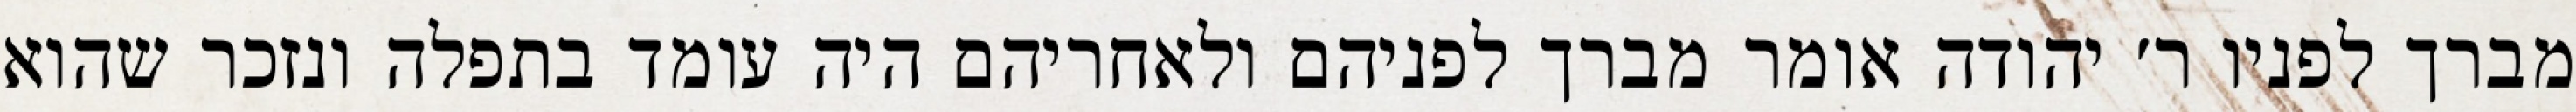
מברך לפניו ר׳ יהודה אומר מברך לפניהם ולאחריהם היה עומד בתפלה ונזכר שהוא